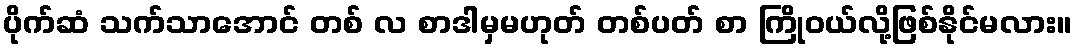
ပိုက်ဆံ သက်သာအောင် တစ် လ စာဒါမှမဟုတ် တစ်ပတ် စာ ကြိုဝယ်လို့ဖြစ်နိုင်မလား။